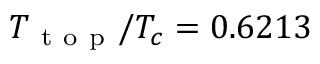
T _ { \mathrm { ~ t ~ o ~ p ~ } } / T _ { c } = 0 . 6 2 1 3